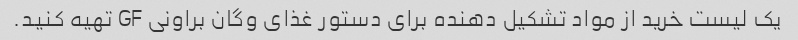
یک لیست خرید از مواد تشکیل دهنده برای دستور غذای وگان براونی GF تهیه کنید.